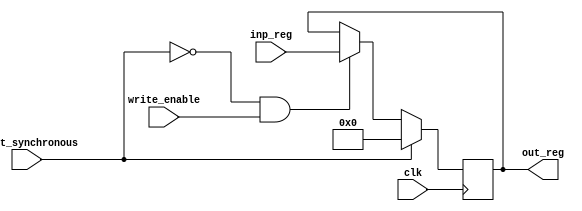
module register_synchronous_reset_write_en #(parameter W = 32) 
	(
	input clk, 
	input write_enable,
	input reset_synchronous, // Reset == 1 --> Clear Register Content @ Next Rising Edge
	input [W-1:0] inp_reg, 
	output reg [W-1:0] out_reg
	);

	initial 
		begin
			out_reg = 0;
		end
	
	always @(posedge clk) // Sequential Circuit
		begin
			if (reset_synchronous == 1)
				out_reg <= 0; // Reset at the next clock cycle
			else if (reset_synchronous == 0 && write_enable == 1)
				out_reg <= inp_reg; // Load output at the next clock cycle with parallel input
		end
	
endmodule